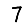
Digit: 7